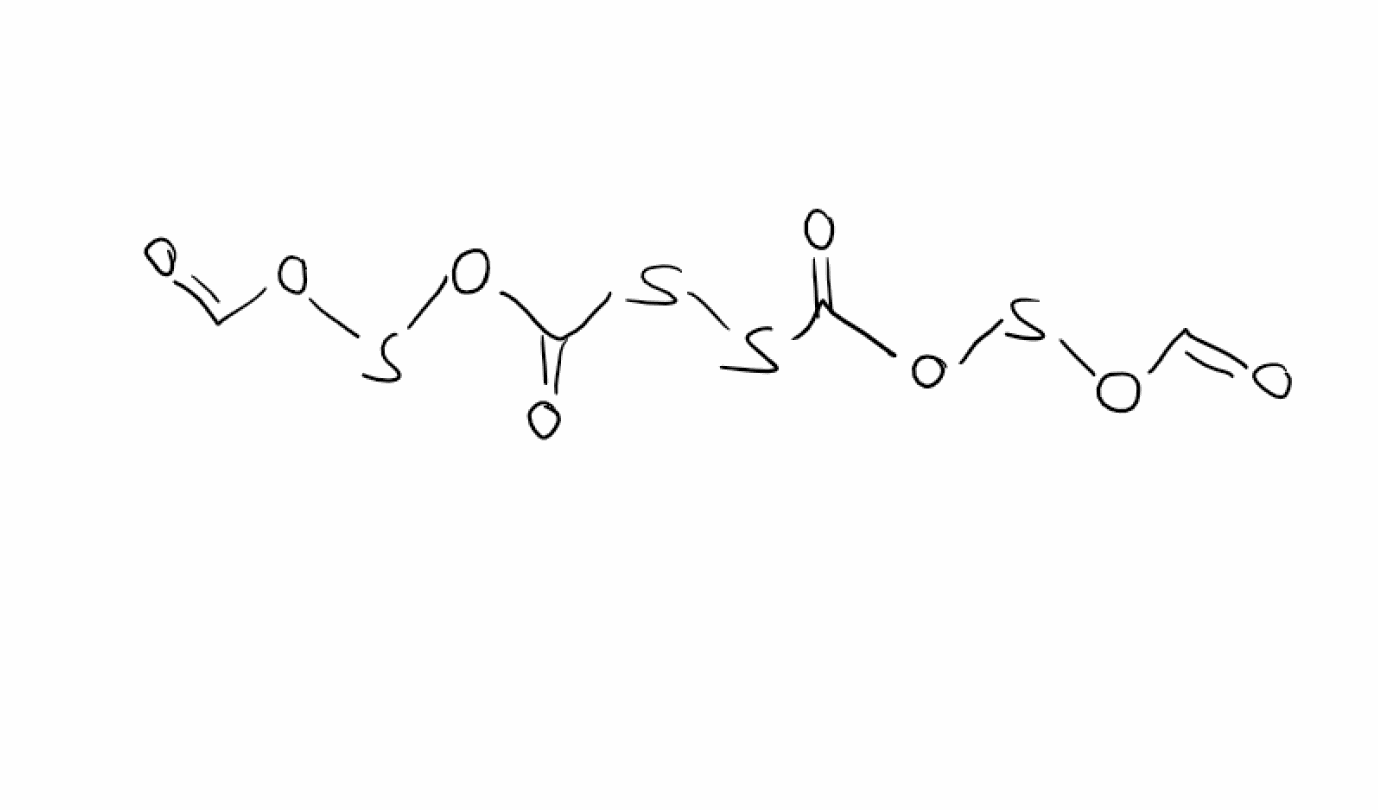
Simplified molecular-input line-entry system (SMILES) notation of the given molecule:
C(=O)OSOC(=O)SSC(=O)OSOC=O